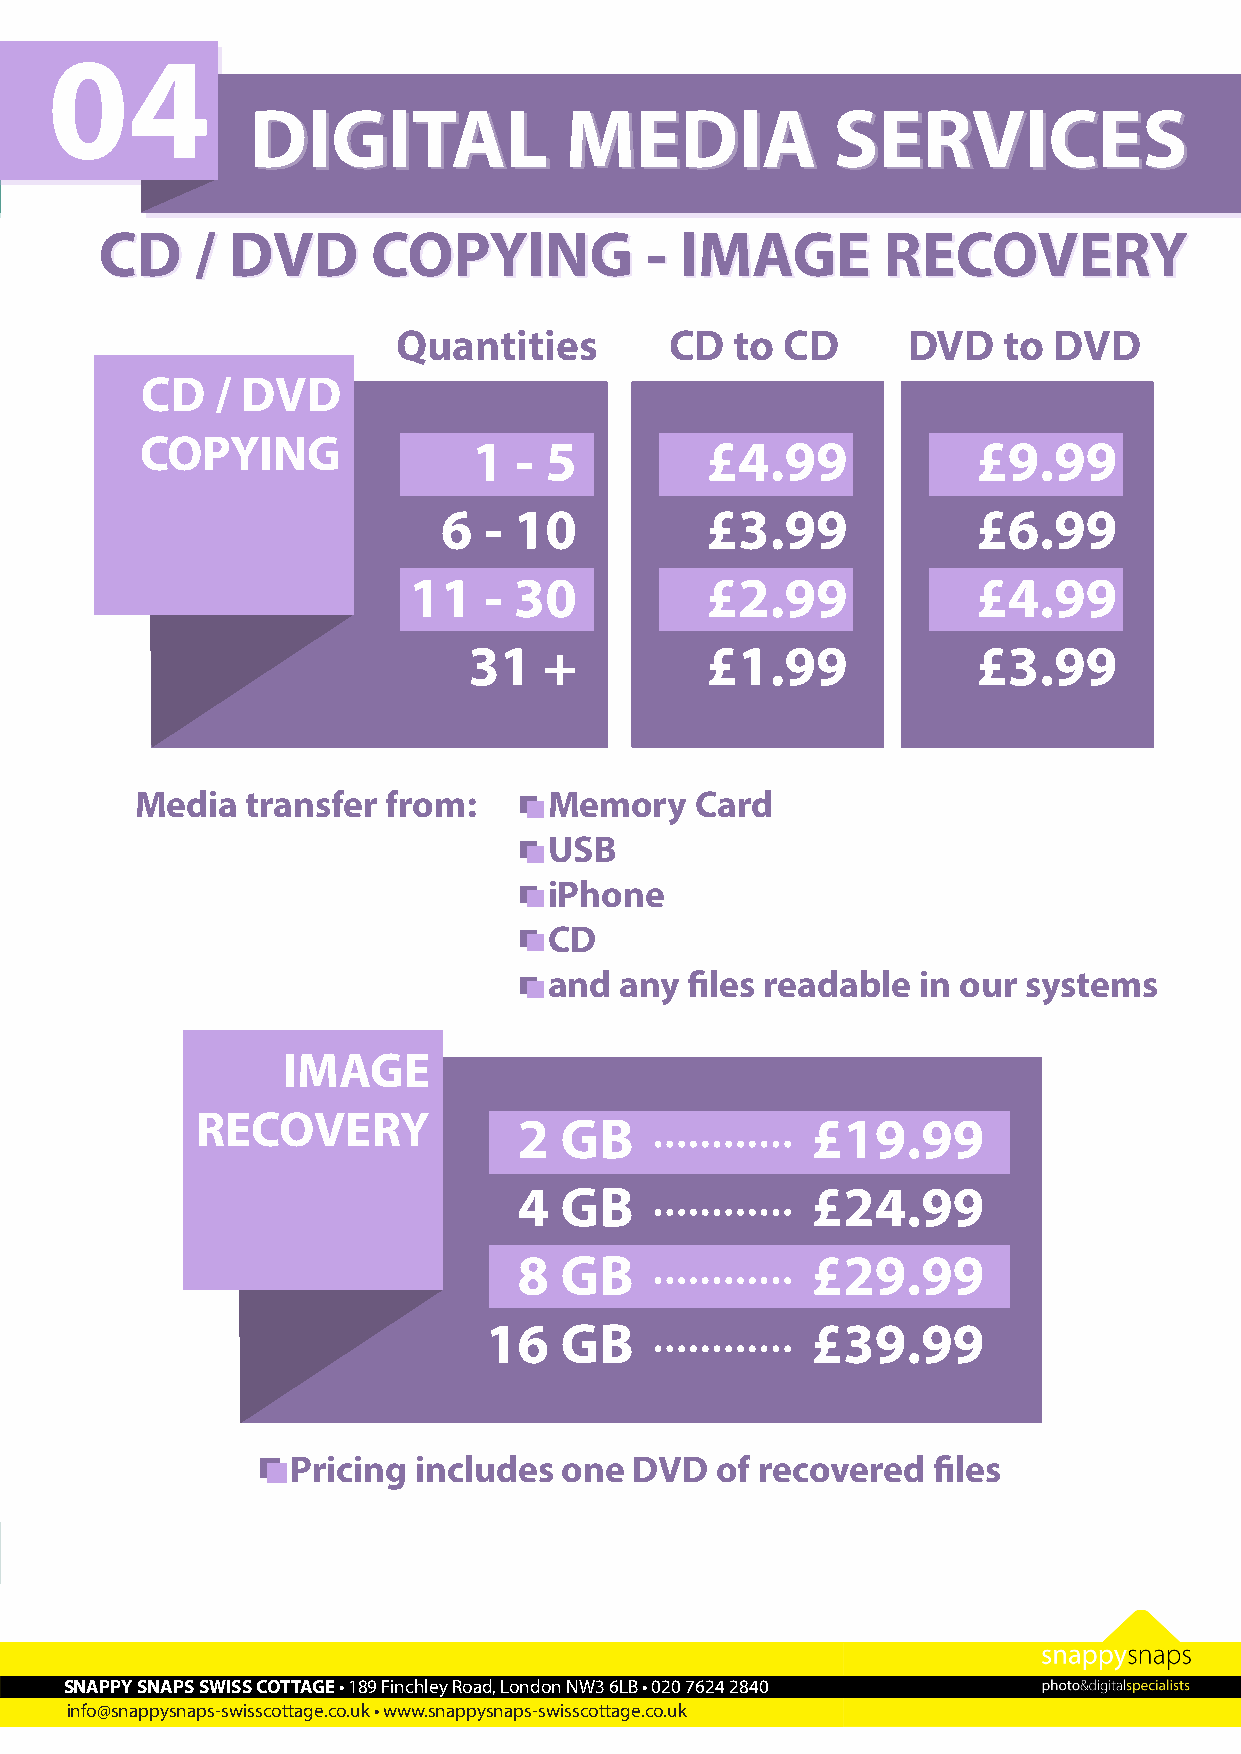
04
 DDIIGGIITTAALL       MMEEDDIIAA        SSEERRVVIICCEESS
 CCDD  // DDVVDD   CCOOPPYYIINNGG    -- IIMMAAGGEE  RREECCOOVVEERRYY
 Quantities        CD   to CD      DVD   to  DVD
 CD   / DVD
 COPYING               1  - 5          £4.99             £9.99
 6  - 10           £3.99             £6.99
 11   - 30           £2.99             £4.99
 31   +          £1.99             £3.99
 Media  transfer  from:     Memory    Card
 USB
 iPhone
 CD
 and  any  files readable in our systems
 IMAGE
 RECOVERY                      ............
 2  GB               £19.99
 ............
 4  GB               £24.99
 ............
 8  GB               £29.99
 ............
 16   GB               £39.99
 Pricing includes  one  DVD  of recovered   files
 Images are burned onto CD £4.99 or DVD £9.99
 SNAPPY SNAPS SWISS COTTAGE • 189 Finchley Road, London NW3 6LB • 020 7624 2840
 info@snappysnaps-swisscottage.co.uk • www.snappysnaps-swisscottage.co.uk